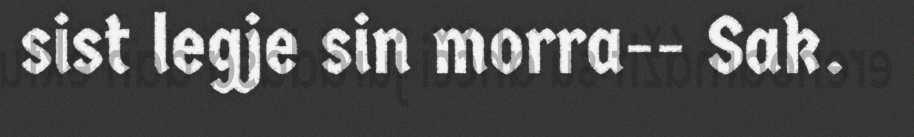
sist legje sin morra-- Sak.